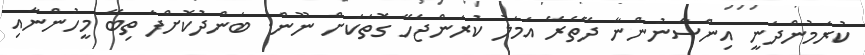
ކުރަމުންދަނީ އިންސާނުންނާ ދޭތެރޭ އަމަލު ކުރަންޖެހޭ ގޮތަކަށް ނޫން. ބަންދުކޮށްފަ ތިބޭ މީހުންނާއި